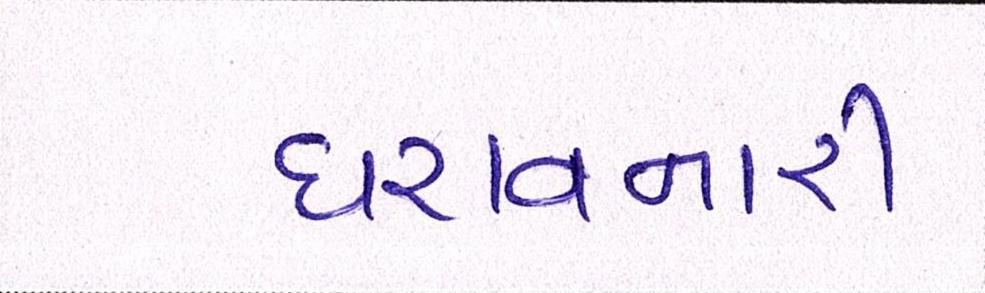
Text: ધરાવનારી